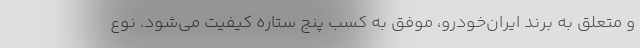
و متعلق به برند ایران‌خودرو، موفق به کسب پنج ستاره کیفیت می‌شود. نوع